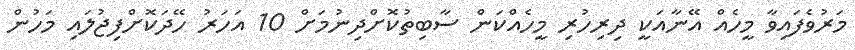
މަރުވެފައިވާ މީހެއް އޭނާއަކީ ދިރިހުރި މީހެއްކަން ސާބިތުކޮށްދިނުމަށް 10 އަހަރު ހޭދަކޮށްފިޖުލައި މަހުން